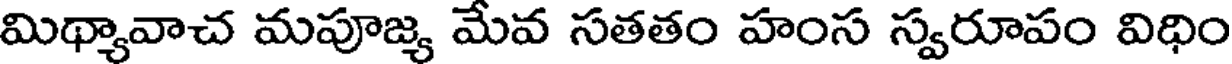
మిథ్యావాచ మపూజ్య మేవ సతతం హంస స్వరూపం విధిం